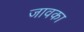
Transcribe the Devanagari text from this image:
जावका